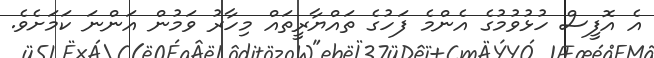
އެ އޮފީސް ހުޅުވުމުގެ އެންމެ ފަހުގެ ތައްޔާރީތައް މިހާރު ވަމުން އަންނަ ކަމަށެވެ.